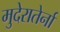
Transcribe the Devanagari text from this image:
मुदेरातेर्ना